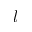
l